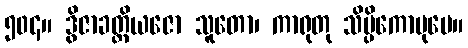
၅၀၄။ ဒွိဇာခတ္တိယဇော သူတော၊ ကာရုတု သိပ္ပိကောပုမေ။